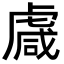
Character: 䖗